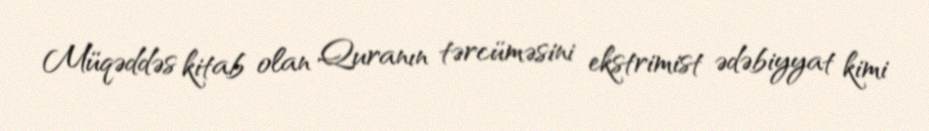
Müqəddəs kitab olan Quranın tərcüməsini ekstrimist ədəbiyyat kimi